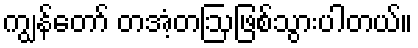
ကျွန်တော် တအံ့တဩဖြစ်သွားပါတယ်။